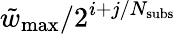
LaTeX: \tilde{w}_{\mathrm{max}}/2^{i+j/N_{\mathrm{subs}}}